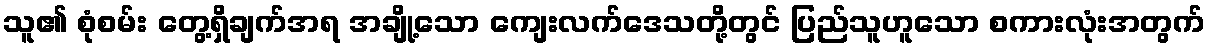
သူ၏ စုံစမ်း တွေ့ရှိချက်အရ အချို့သော ကျေးလက်ဒေသတို့တွင် ပြည်သူဟူသော စကားလုံးအတွက်